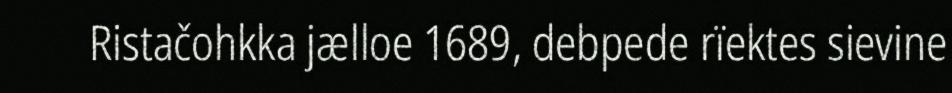
Ristačohkka jælloe 1689, debpede rïektes sievine